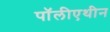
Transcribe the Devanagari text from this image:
पॉलीएथीन